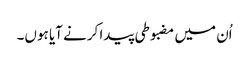
اُن میں مضبوطی پیدا کرنے آیا ہوں۔